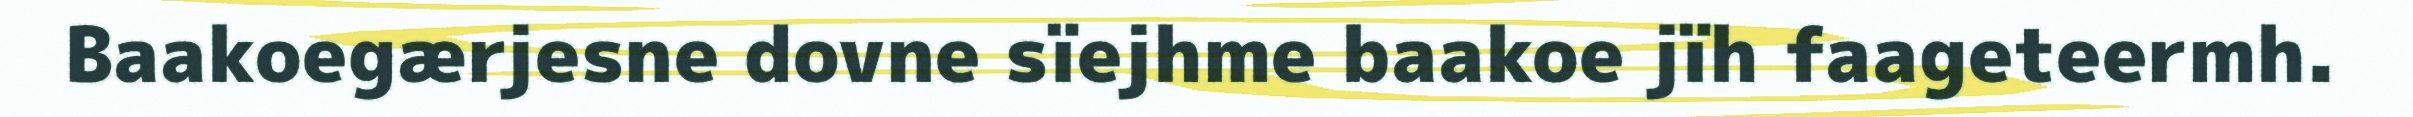
Baakoegærjesne dovne sïejhme baakoe jïh faageteermh.